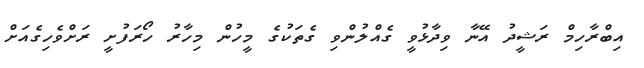
އިބްރާހިމް ރަޝީދު އޭނާ ވިދާޅުވީ ގެއްލުންވި ގެތަކުގެ މީހުން މިހާރު ހޯރަފުށީ ރަށްވެހިގެއަށް